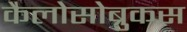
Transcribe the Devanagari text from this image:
कैलोसोब्रुकस